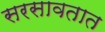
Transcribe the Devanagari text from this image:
सरसावतात